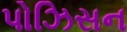
પોઝિસન